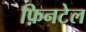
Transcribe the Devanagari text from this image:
फ़िनटेल